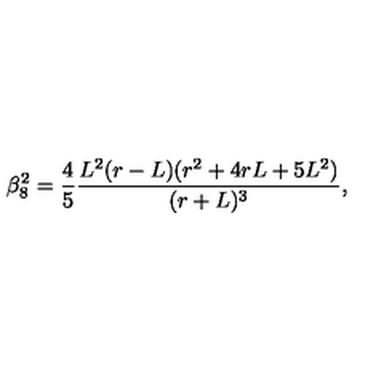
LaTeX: \beta _ { 8 } ^ { 2 } = \frac { 4 } { 5 } \frac { L ^ { 2 } ( r - L ) ( r ^ { 2 } + 4 r L + 5 L ^ { 2 } ) } { ( r + L ) ^ { 3 } } ,